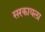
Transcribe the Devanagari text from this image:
सरकायला